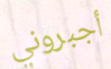
أجبروني